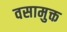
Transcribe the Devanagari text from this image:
वसामुक्त